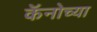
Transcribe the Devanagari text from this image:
कॅनोच्या